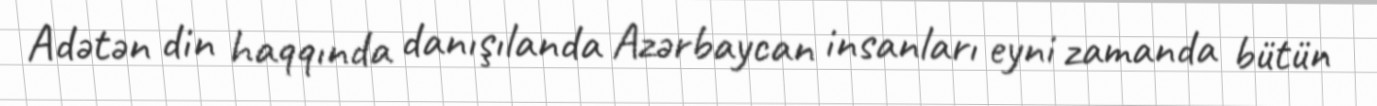
Adətən din haqqında danışılanda Azərbaycan insanları eyni zamanda bütün